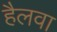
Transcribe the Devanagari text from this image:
हैलवा